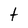
Character: t